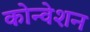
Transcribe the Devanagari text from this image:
कोन्वेशन